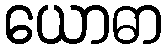
ယောဓာ